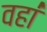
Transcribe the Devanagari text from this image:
वहा॑